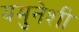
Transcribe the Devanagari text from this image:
यमुनेशी